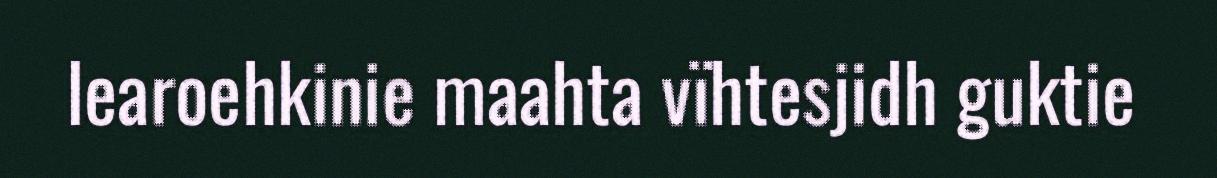
learoehkinie maahta vïhtesjidh guktie